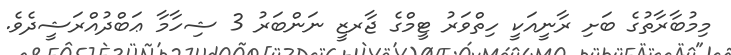
މިމުބާރާތުގެ ބަށި ރާނީއަކީ ހިތްވަރު ޓީމްގެ ޖާރޒީ ނަންބަރު 3 ޝިހާމާ ޢަބްދުއްރަޝީދެވެ.